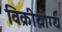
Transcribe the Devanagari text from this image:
विक्रीयोग्य